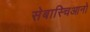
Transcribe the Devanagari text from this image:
सेबास्चिआनो